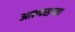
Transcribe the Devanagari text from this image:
आल्पसच्या